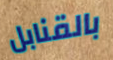
بالقنابل